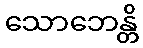
သောဘေန္တိ